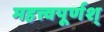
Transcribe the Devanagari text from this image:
महत्त्वपूर्णश्